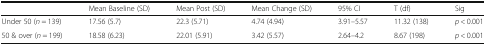
<table><thead><tr><td></td><td><b>Mean Baseline (SD)</b></td><td><b>Mean Post (SD)</b></td><td><b>Mean Change (SD)</b></td><td><b>95% CI</b></td><td><b>T (df)</b></td><td><b>Sig</b></td></tr></thead><tbody><tr><td>Under 50 (<i>n</i> = 139)</td><td>17.56 (5.7)</td><td>22.3 (5.71)</td><td>4.74 (4.94)</td><td>3.91–5.57</td><td>11.32 (138)</td><td><i>p</i> &lt; 0.001</td></tr><tr><td>50 &amp; over (<i>n</i> = 199)</td><td>18.58 (6.23)</td><td>22.01 (5.91)</td><td>3.42 (5.57)</td><td>2.64–4.2</td><td>8.67 (198)</td><td><i>p</i> &lt; 0.001</td></tr></tbody></table>